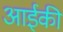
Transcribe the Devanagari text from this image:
आईकी